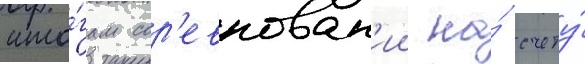
ито́гам сор'евнован'ии на́ счету́